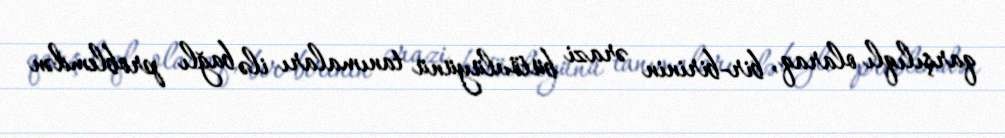
qarşılıqlı olaraq, bir-birinin ərazi bütövlüyünü tanımaları ilə bağlı problemdən